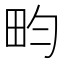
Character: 畇